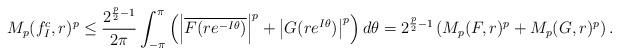
LaTeX: \begin{align*}M_p(f_I^c,r)^p\le \frac{2^{\frac{p}{2}-1}}{2\pi}\int_{-\pi}^{\pi}\left(\left|\overline{F(re^{-I\theta})}\right|^p+\left|G(re^{I\theta})\right|^p\right) d\theta =2^{\frac{p}{2}-1}\left(M_p(F,r)^p+M_p(G,r)^p\right).\end{align*}